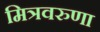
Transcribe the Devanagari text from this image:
मित्रवरुणा